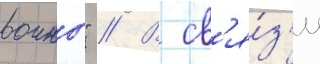
воины" // В св'я́з'и